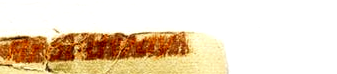
Broadway